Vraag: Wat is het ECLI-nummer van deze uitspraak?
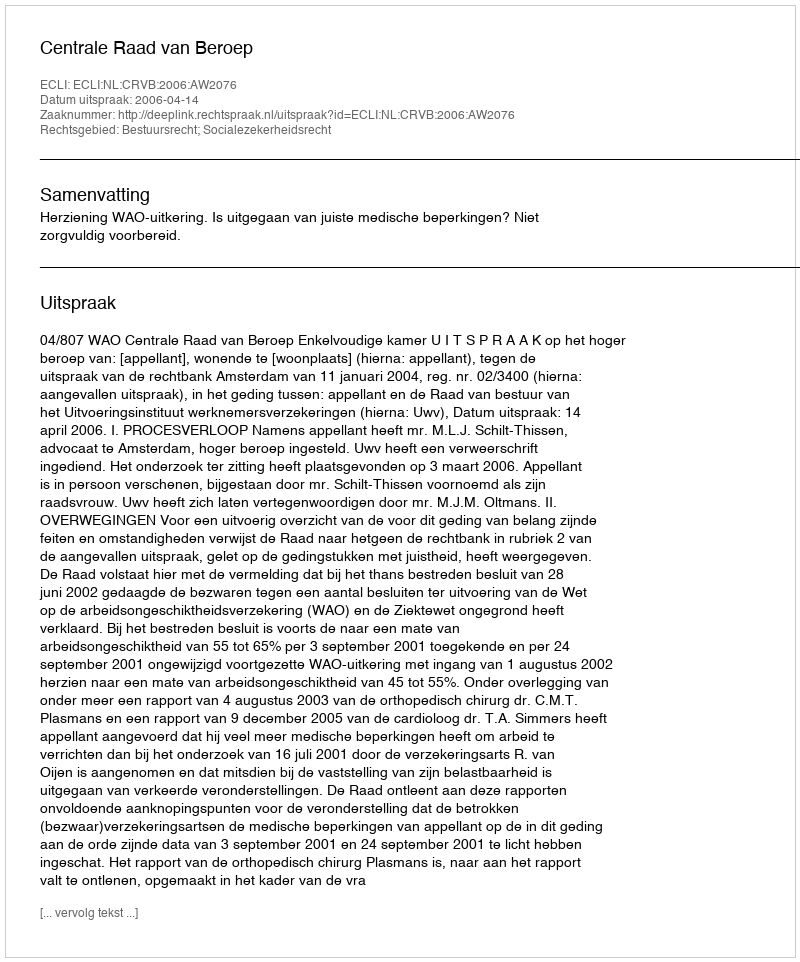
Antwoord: ECLI:NL:CRVB:2006:AW2076